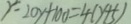
y ^ { 2 } - 2 0 y + 1 0 0 = 4 ( y + 5 )